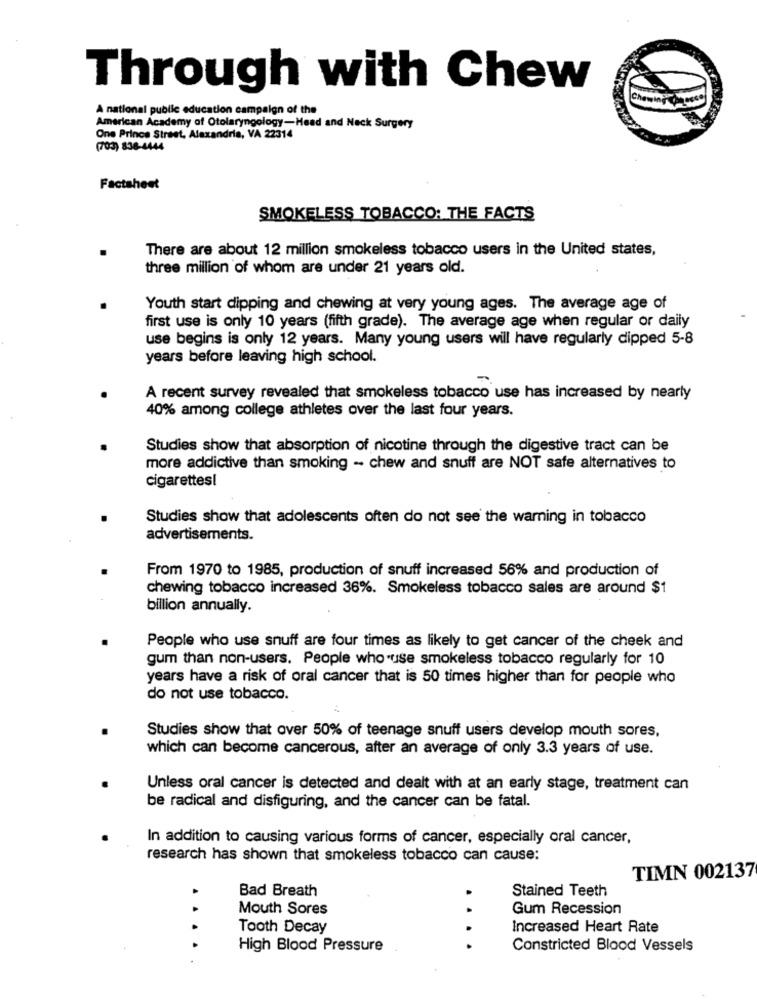
Through with Chew
Iches
A national public education campaign of the
American Academy of Otolaryngology-Head and Neck Surgery
One Prince Street, Alexandria, VA 22314
(703) 836-4444
Factsheet
SMOKELESS TOBACCO: THE FACTS
There are about 12 million smokeless tobacco users in the United states,
three million of whom are under 21 years old.
Youth start dipping and chewing at very young ages. The average age of
first use is only 10 years (fifth grade). The average age when regular or daily
use begins is only 12 years. Many young users will have regularly dipped 5-8
years before leaving high school.
A recent survey revealed that smokeless tobacco use has increased by nearly
40% among college athletes over the last four years.
Studies show that absorption of nicotine through the digestive tract can be
more addictive than smoking - chew and snuff are NOT safe alternatives to
cigarettes!
Studies show that adolescents often do not see the warning in tobacco
advertisements.
From 1970 to 1985, production of snuff increased 56% and production of
chewing tobacco increased 36%. Smokeless tobacco sales are around $1
billion annually.
People who use snuff are four times as likely to get cancer of the cheek and
gum than non-users. People who use smokeless tobacco regularly for 10
years have a risk of oral cancer that is 50 times higher than for people who
do not use tobacco.
Studies show that over 50% of teenage snuff users develop mouth sores,
which can become cancerous, after an average of only 3.3 years of use.
Unless oral cancer is detected and dealt with at an early stage, treatment can
be radical and disfiguring, and the cancer can be fatal.
In addition to causing various forms of cancer, especially oral cancer,
research has shown that smokeless tobacco can cause:
TIMN 002137
Bad Breath
Stained Teeth
Mouth Sores
Gum Recession
Tooth Decay
Increased Heart Rate
High Blood Pressure
....
Constricted Blood Vessels